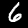
Digit: 6